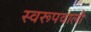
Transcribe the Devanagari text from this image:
स्वरूपवाली